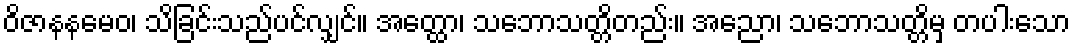
ဝိဇာနနမေဝ၊ သိခြင်းသည်ပင်လျှင်။ အတ္ထော၊ သဘောသတ္တိတည်း။ အညော၊ သဘောသတ္တိမှ တပါးသော